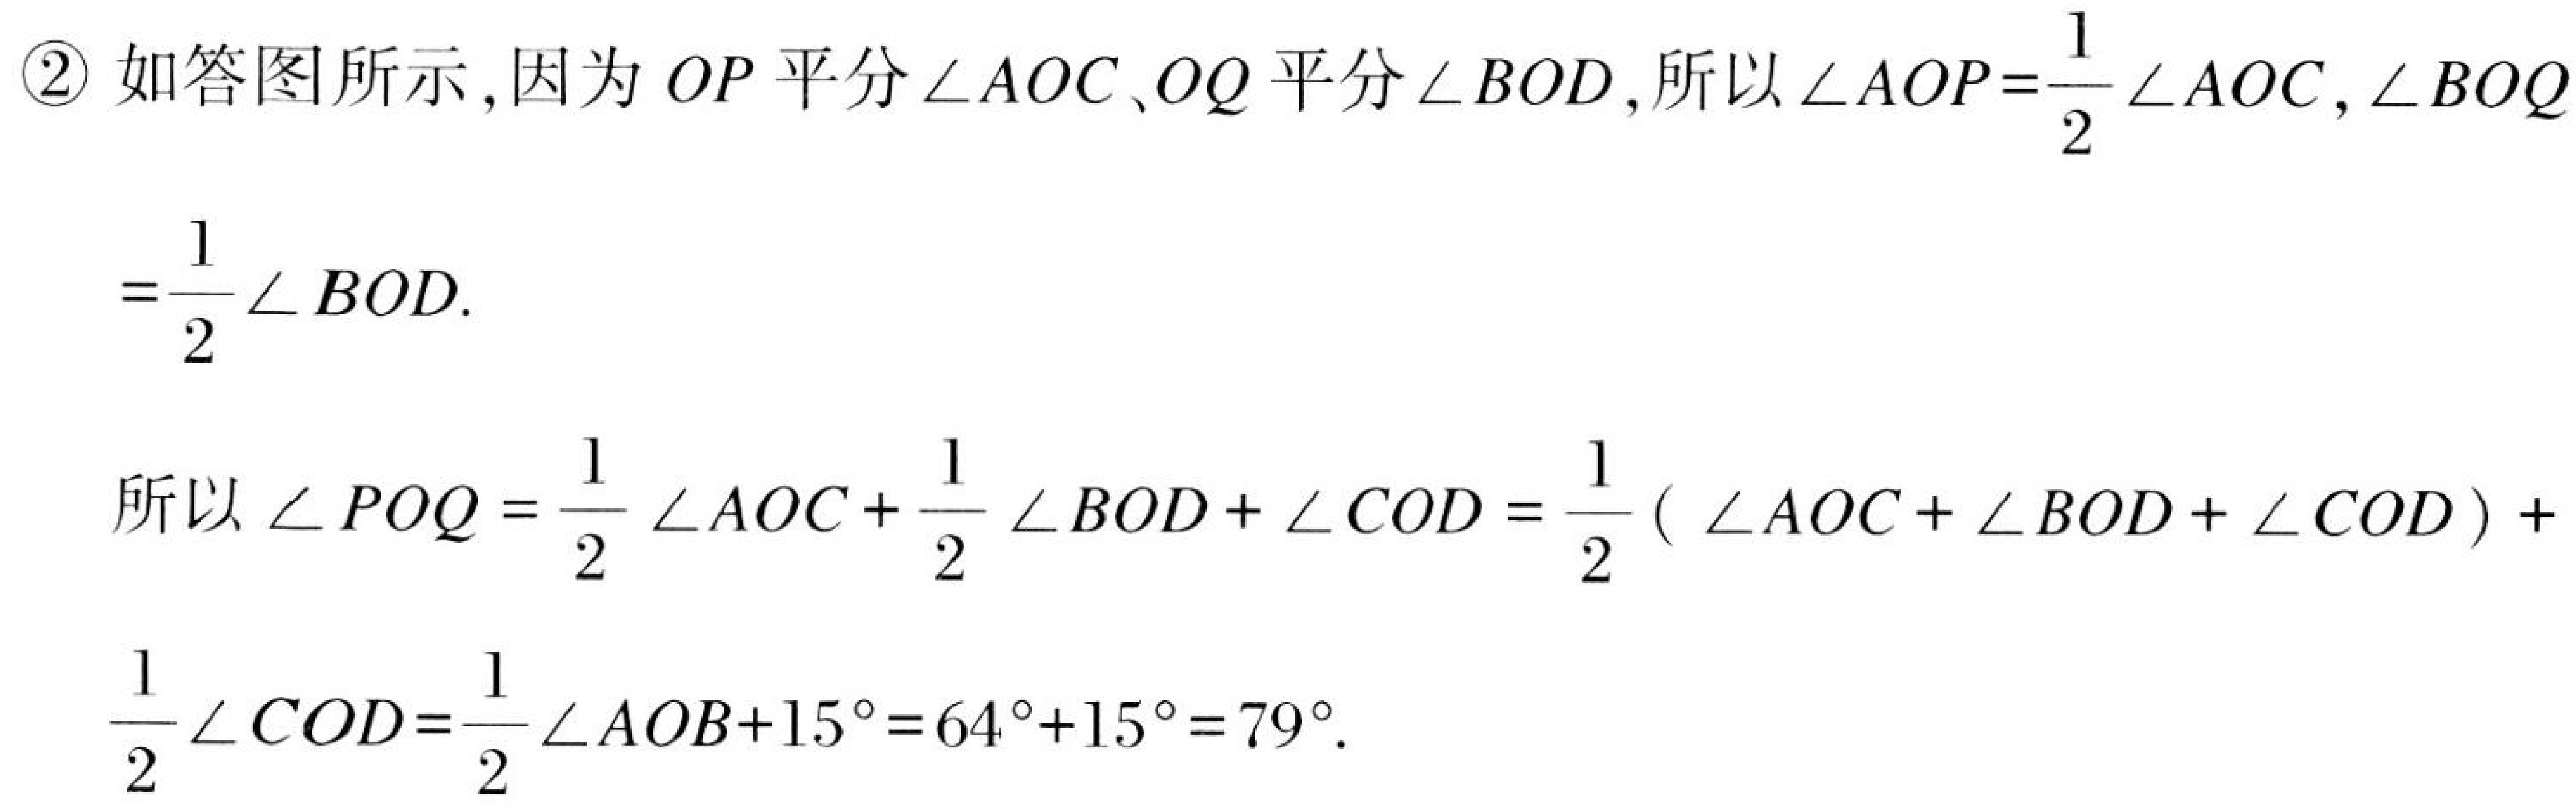
\textcircled{2} 如答图所示，因为\(OP\)平分\(\angle AOC\)、\(OQ\)平分\(\angle BOD\)，所以\(\angle AOP=\frac{1}{2}\angle AOC\)，\(\angle BOQ=\frac{1}{2}\angle BOD\).

所以\(\angle POQ = \frac{1}{2}\angle AOC+\frac{1}{2}\angle BOD+\angle COD=\frac{1}{2}(\angle AOC+\angle BOD+\angle COD)+\frac{1}{2}\angle COD=\frac{1}{2}\angle AOB + 15^{\circ}=64^{\circ}+15^{\circ}=79^{\circ}\).